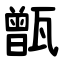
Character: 甑